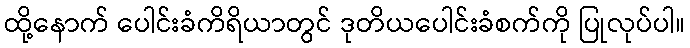
ထို့နောက် ပေါင်းခံကိရိယာတွင် ဒုတိယပေါင်းခံစက်ကို ပြုလုပ်ပါ။